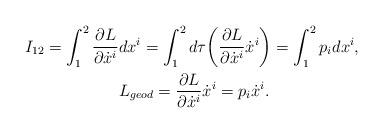
LaTeX: \begin{align*} I_{12} = \int_1^2 \frac{\partial L}{\partial \dot{x}^i} &d x^i = \int_1^2 d \tau \bigg( \frac{\partial L}{\partial \dot{x}^i} \dot{x}^i \bigg) = \int_1^2 p_i d x^i, \\&L_{geod} = \frac{\partial L}{\partial \dot{x}^i} \dot{x}^i = p_i \dot{x}^i.\end{align*}